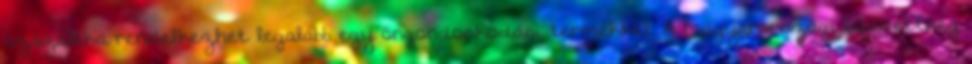
százaléka rendelkezhet legalább egy öngondoskodási termékkel. A magyarországi lefedettség